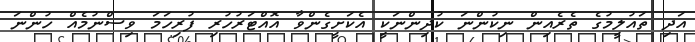
އަދި ތައުލީމުގެ ތެރެއިން ނިކުންނަ ކުދިންނަކީ އެކަށީގެންވާ އޮއްޓަރުހުރި ފުރިހަމަ ވިސްނުމެއް ހުންނަ